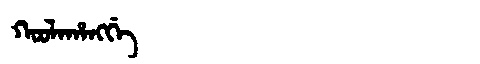
Manchu: ᡴᠣᠣᠯᠠᡥᠠᠩᡤᡝ
Romanization: KOOLAHANGGE